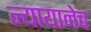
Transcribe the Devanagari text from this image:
न्यायानेच